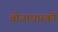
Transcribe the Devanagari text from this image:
वीजाधारकों